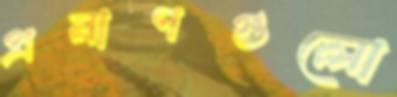
প্রমাণগুলো